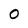
Character: 0